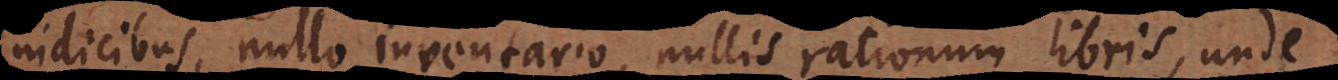
indicibus, nullo inventario, nullis rationum libris, unde